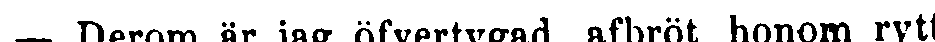
— Derom är jag öfvertygad, afbröt honom rytt-